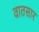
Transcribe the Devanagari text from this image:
वातसार